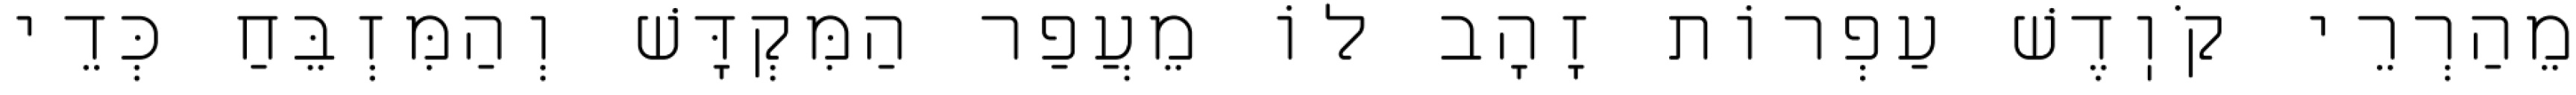
מֵהַרְרֵי קֹוֽדֶשׁ עַפְרוֹת זָהָב לוֹ מֵעֲפַר הַמִּקְדָּשׁ וְהַמִּזְבֵּחַ כְּדֵי